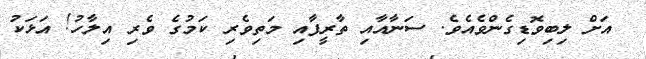
އަށް ލިބިވޮޑިގެންވެއެވެ. ސަނާއާއި ތާރީފާއި މަތިވެރި ކަމުގެ ވެރި އިލާހު! އަޅަކު